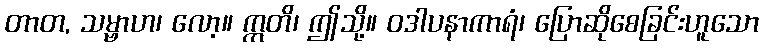
တာတ, သမ္ဗာဟ၊ လော့။ ဣတိ၊ ဤသို့။ ဝဒါပနာကာရံ၊ ပြောဆိုစေခြင်းဟူသော